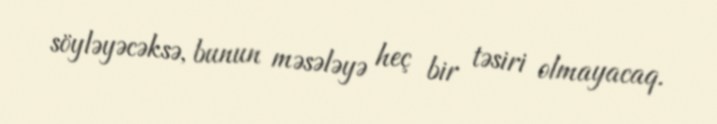
söyləyəcəksə, bunun məsələyə heç bir təsiri olmayacaq.